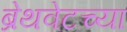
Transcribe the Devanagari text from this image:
ब्रेथवेटच्या